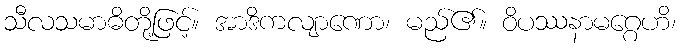
သီလသမာဓိတို့ဖြင့်။ အာဒိကလျာဏော၊ မည်၏။ ဝိပဿနာမဂ္ဂေဟိ၊